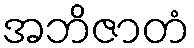
အဘိဇာတံ